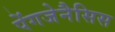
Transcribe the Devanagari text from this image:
पेंगजेनैसिस